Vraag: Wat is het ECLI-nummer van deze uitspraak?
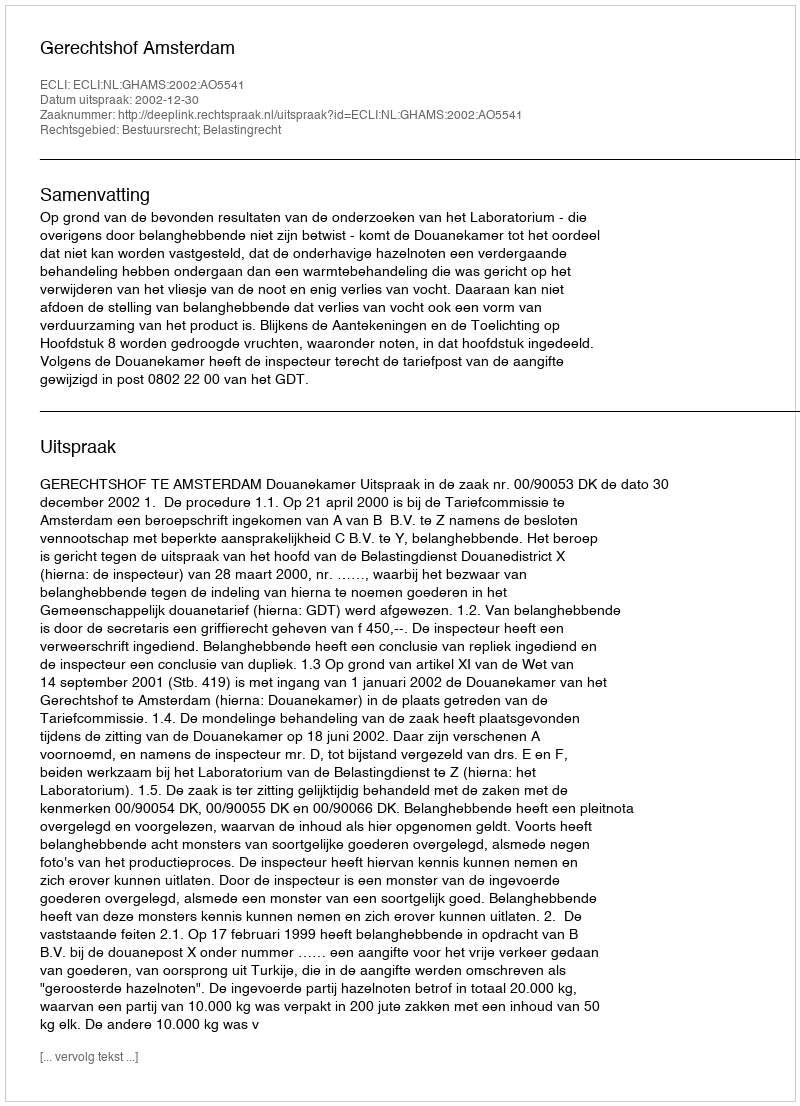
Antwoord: ECLI:NL:GHAMS:2002:AO5541